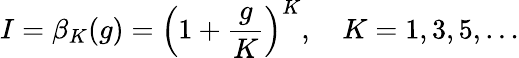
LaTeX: I=\beta_{K}(g)=\left(1+\frac{g}{K}\right)^{K},\quad K=1,3,5,\ldots